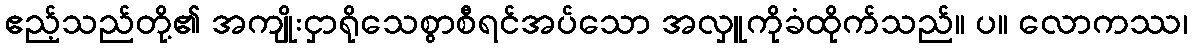
ဧည့်သည်တို့၏ အကျိုးငှာရိုသေစွာစီရင်အပ်သော အလှူကိုခံထိုက်သည်။ ပ။ လောကဿ၊